Punjab Mental Hospital Lahore 1932-46 - 1932-1946
Year: 1932
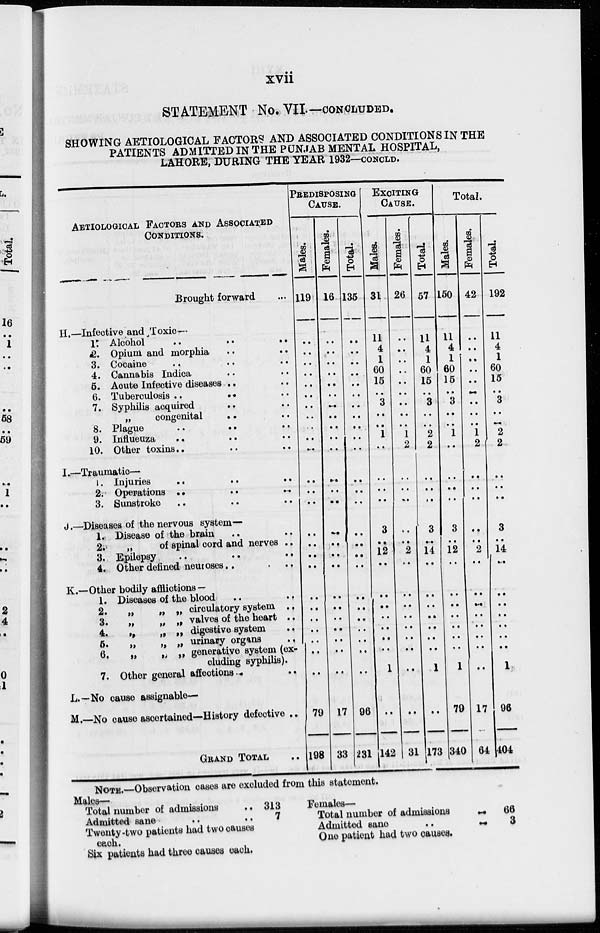
xvii
STATEMENT No. VII—CONCLUDED.
SHOWING AETIOLOGICAL FACTORS AND ASSOCIATED CONDITIONS IN THE
PATIENTS ADMITTED IN THE PUNJAB MENTAL HOSPITAL,
LAHORE, DURING THE YEAR 1932—CONCLD.
AETIOLOGICAL FACTORS AND ASSOCIATED
CONDITIONS.
Brought forward ...
H.-
I.-
J.-
K.-
L.-
M.-
Infective and Toxic—
1.
2.
3.
4.
5.
6.
7.
8.
9.
10.
Alcohol .. .. ..
Opium and morphia .. ..
Cocaine .. .. ..
Cannabis Indica .. ..
Acute Infective diseases .. ..
Tuberculosis ..
..
..
Syphilis acquired .. ..
„
congenital .. ..
Plague .. .. ..
Influenza .. .. ..
Other toxins .. .. ..
Traumatic—
1.
2.
3.
Injuries .. .. ..
Operations .. .. ..
Sunstroke .. .. ..
-Diseases of the nervous system—
1.
2.
3.
4.
Disease of the brain .. ..
„
of spinal cord and nerves ..
Epilepsy .. .. ..
Other defined neuroses .. .. ..
Other bodily afflictions —
1.
2.
3.
4.
5.
6.
7.
Diseases of the blood .. ..
„
„ „ circulatory system ..
„
„
„ valves of the heart ..
„ „ „ digestive system ..
„
„ „ urinary organs ..
„
„
„ generative system (ex-
cluding syphilis).
Other general affections .. ..
No cause assignable—
No cause ascertained—History defective ..
GRAND TOTAL
PREDISPOSING
CAUSE.
Males.
119
..
..
..
..
..
..
..
..
..
..
..
..
..
..
..
..
..
..
..
..
..
..
..
..
..
79
198
Females.
16
..
..
..
..
..
..
..
..
..
..
..
..
..
..
..
..
..
..
..
..
..
..
..
..
..
17
33
Total.
135
..
..
..
..
..
..
..
..
..
..
..
..
..
..
..
..
..
..
..
..
..
..
..
..
..
96
231
EXCITING
CAUSE.
Males.
31
11
4
1
60
15
..
3
..
..
1
..
..
..
..
3
..
12
..
..
..
..
..
..
..
1
..
142
Females.
26
..
..
..
..
..
..
..
..
..
1
2
..
..
..
..
..
2
..
..
..
..
..
..
..
..
..
|31
Total.
57
11
4
1
60
15
..
3
..
..
2
2
..
..
..
3
..
14
..
..
..
..
..
..
..
1
..
173
Total.
Males.
150
11
4
1
60
15
..
3
..
..
1
..
..
..
..
3
..
12
..
..
..
..
..
..
..
1
79
340
Females.
42
..
..
..
..
..
..
..
..
..
1
2
..
..
..
..
..
2
..
..
..
..
..
..
..
..
17
64
Total.
192
11
4
1
60
15
..
3
..
..
2
2
..
..
..
3
..
14
..
..
..
..
..
..
..
1
96
404
NOTE.—Observation cases are excluded from this statement.
Males—
Total number of admissions ..
Admitted sane ..
Twenty-two patients had two causes
each.
Six patients had three causes each.
313
7
Females—
Total number of admissions ..
Admitted sane
..
..
One patient had two causes.
66
3